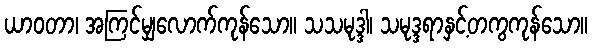
ယာဝတာ၊ အကြင်မျှလောက်ကုန်သော။ သသမုဒ္ဒါ၊ သမုဒ္ဒရာနှင့်တကွကုန်သော။